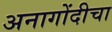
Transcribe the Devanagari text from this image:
अनागोंदीचा